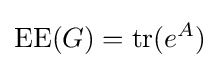
\operatorname {EE} (G)=\operatorname {tr} (e^{A})